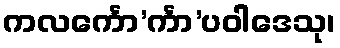
ကလင်္ကော’င်္ကာ’ပဝါဒေသု၊